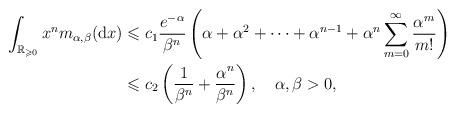
LaTeX: \begin{align*}\int_{\mathbb{R}_{\geqslant0}}x^{n}m_{\alpha,\beta}(\mathrm{d}x) & \leqslant c_{1}\frac{e^{-\alpha}}{\beta^{n}}\left(\alpha+\alpha^{2}+\cdots+\alpha^{n-1}+\alpha^{n}\sum_{m=0}^{\infty}\frac{\alpha^{m}}{m!}\right) \\ & \leqslant c_{2}\left(\frac{1}{\beta^{n}}+\frac{\alpha^{n}}{\beta^{n}}\right),\quad\alpha,\beta>0,\end{align*}